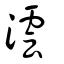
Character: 澐